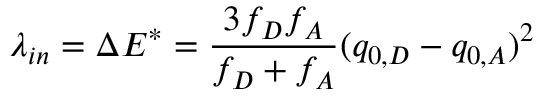
\lambda _ { i n } = \Delta E ^ { * } = { \frac { 3 f _ { D } f _ { A } } { f _ { D } + f _ { A } } } ( q _ { 0 , D } - q _ { 0 , A } ) ^ { 2 }